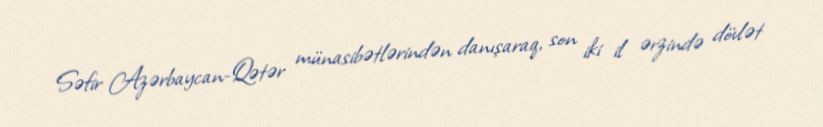
Səfir Azərbaycan-Qətər münasibətlərindən danışaraq, son iki il ərzində dövlət